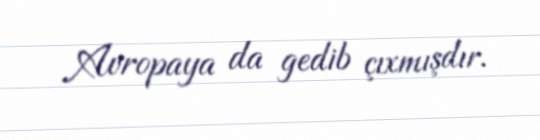
Avropaya da gedib çıxmışdır.